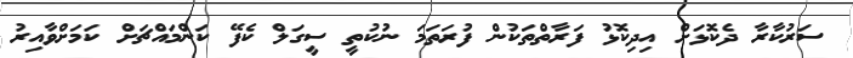
ސަރުކާރާ ދެކޮޅަށް އިދިކޮޅު ފަރާތްތަކުން ފުރަތަމަ ނުކުތީ ސީގަލް ކެފޭ ކަންމައްޗަށް ކަމަށްވާއިރު